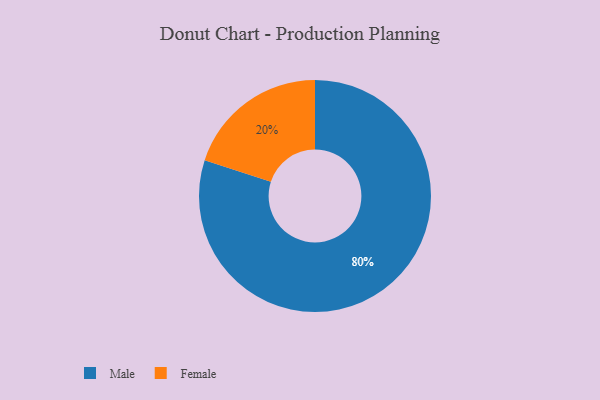
{"axis": {"x": "Category", "y": "Percentage"}, "legend": ["Female", "Male"], "data": [{"x": "Male", "y": 80, "type": "Male"}, {"x": "Female", "y": 20, "type": "Female"}]}